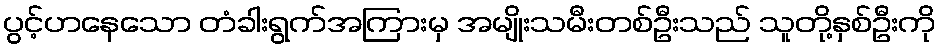
ပွင့်ဟနေသော တံခါးရွက်အကြားမှ အမျိုးသမီးတစ်ဦးသည် သူတို့နှစ်ဦးကို